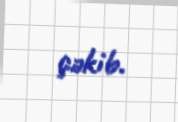
çəkib.